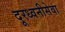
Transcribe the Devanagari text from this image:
दूरध्वनीसेवा